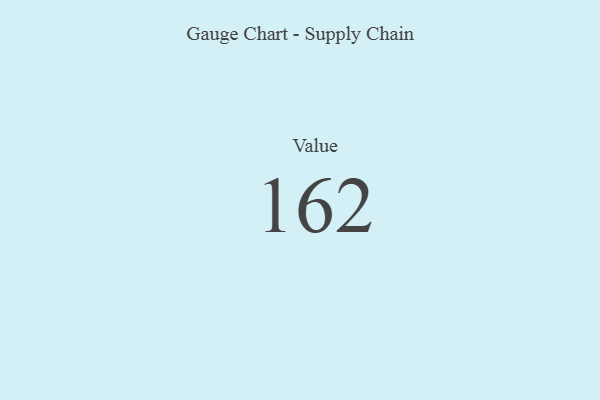
{"axis": {"x": "Metric", "y": "Value"}, "legend": [""], "data": [{"x": "Value", "y": 162, "type": ""}]}